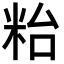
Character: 𥹋